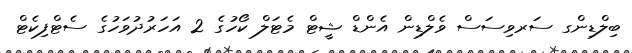
ބިލްޑިންގ ސަރވިސަސް ވެލްޑިން އެންޑް ޝީޓް މެޓަލް ކޯހުގެ 2 އަހަރުދުވަހުގެ ސެޓްފިކެޓް